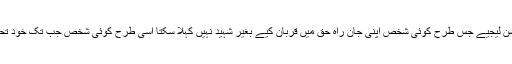
ڈاکٹر بشیر سیفی:تو پھر کان کھو ل کر سن لیجیے جس طرح کوئی شخص اپنی جان راہ حق میں قربان کیے بغیر شہید نہیں کہلا سکتا اسی طرح کوئی شخص جب تک خود تحقیق نہ کرے کبھی محقق نہیں کہلا سکتا۔